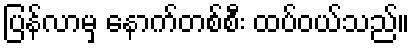
ပြန်လာမှ နောက်တစ်စီး ထပ်ဝယ်သည်။